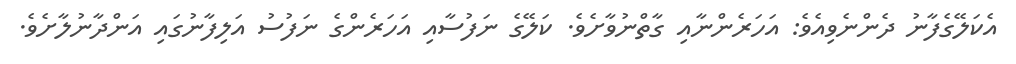
އެކަލޭގެފާނު ދެންނެވިއެވެ: އަހަރެންނާއި ގާތްނުވާށެވެ. ކަލޭގެ ނަފުސާއި އަހަރެންގެ ނަފުސު އަލިފާނުގައި އަންދާނުލާށެވެ.